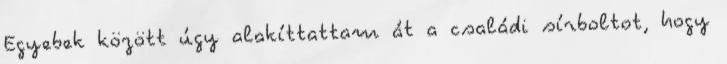
Egyebek között úgy alakíttattam át a családi sírboltot, hogy